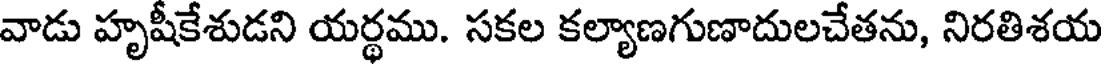
వాడు హృషీకేశుడని యర్థము. సకల కల్యాణగుణాదులచేతను, నిరతిశయ